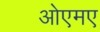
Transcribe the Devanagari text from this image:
ओएमए